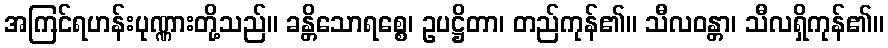
အကြင်ရဟန်းပုဏ္ဏားတို့သည်။ ခန္တိသောရစ္စေ၊ ဥပဋ္ဌိတာ၊ တည်ကုန်၏။ သီလဝန္တာ၊ သီလရှိကုန်၏။